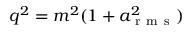
q ^ { 2 } = m ^ { 2 } ( 1 + a _ { \mathrm { ~ r ~ m ~ s ~ } } ^ { 2 } )